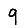
Digit: 9